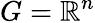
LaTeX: G=\mathbb{R}^{n}